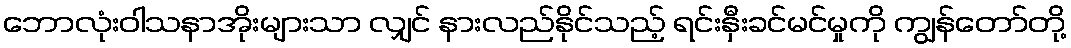
ဘောလုံးဝါသနာအိုးများသာ လျှင် နားလည်နိုင်သည့် ရင်းနှီးခင်မင်မှုကို ကျွန်တော်တို့